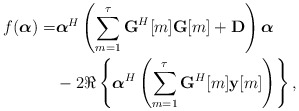
\begin{align*} f(\boldsymbol{\alpha})=&\boldsymbol{\alpha}^H\left(\sum_{m=1}^{\tau} \textbf{G}^H[m]\textbf{G}[m]+\textbf{D}\right)\boldsymbol{\alpha} \\ &-2\Re\left\{\boldsymbol{\alpha}^H\left(\sum_{m=1}^{\tau} \textbf{G}^H[m] \textbf{y}[m]\right)\right\},\end{align*}